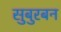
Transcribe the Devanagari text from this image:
सुबुरबन